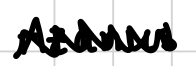
Text: Azanus,
Cross-out: zig-zag
Writing tool: digital_black